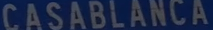
CASABLANCA